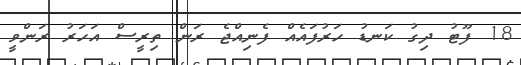
18 ފޫޓު ދިގު ކަނޑު ހަރުފައެއް ފެނިއްޖެ ރަން ތިރީސް އަހަރު ރަންވީ